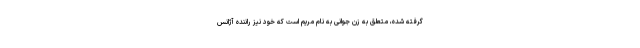
گرفته شده، متعلق به زن جوانی به نام مریم است که خود نیز راننده آژانس